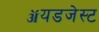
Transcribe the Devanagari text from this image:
ॲयडजेस्ट